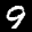
Label: 9